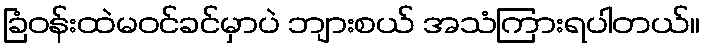
ခြံဝန်းထဲမဝင်ခင်မှာပဲ ဘျားစယ် အသံကြားရပါတယ်။